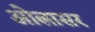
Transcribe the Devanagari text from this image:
ओलासर